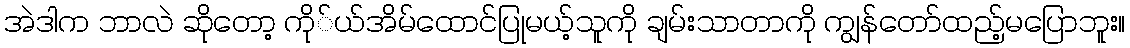
အဲဒါက ဘာလဲ ဆိုတော့ ကို်ယ်အိမ်ထောင်ပြုမယ့်သူကို ချမ်းသာတာကို ကျွန်တော်ထည့်မပြောဘူး။